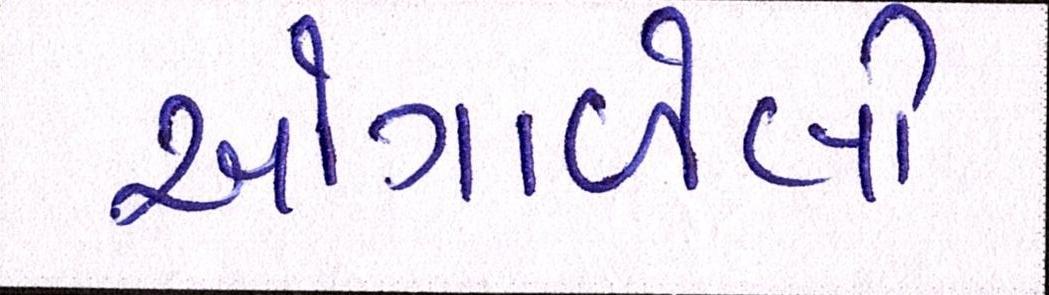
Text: ઓગાળેલી